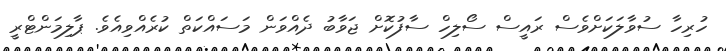
ހުރިހާ ސުވާލަކަށްވެސް ރައީސް ސޯލިހް ސާފުކޮށް ޖަވާބު ދެއްވަން މަސައްކަތް ކުރެއްވިއެވެ. ޕާލިމަންޓްރީ